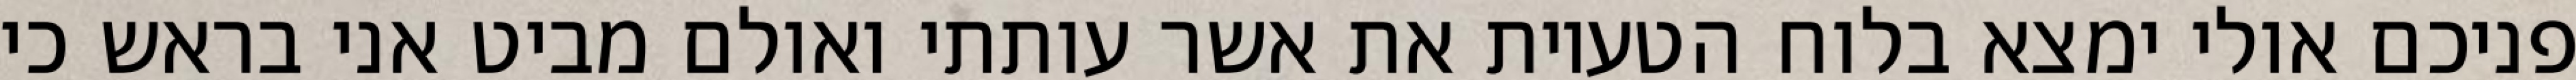
פניכם אולי ימצא בלוח הטעיות את אשר עותתי ואולם מביט אני בראש כי